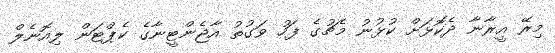
މިރޭ އީރާނާ ދެކޮޅަށް ކުޅުނު މެޗުގެ ފަހު ވަގުތު އާޖެންޓީނާގެ ކެޕްޓަން ލިއޮނެލް